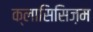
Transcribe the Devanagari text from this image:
क्लासिसिज़म